Insane asylums in Bengal annual reports 1867-1875 - 1867-1875
Year: 1867
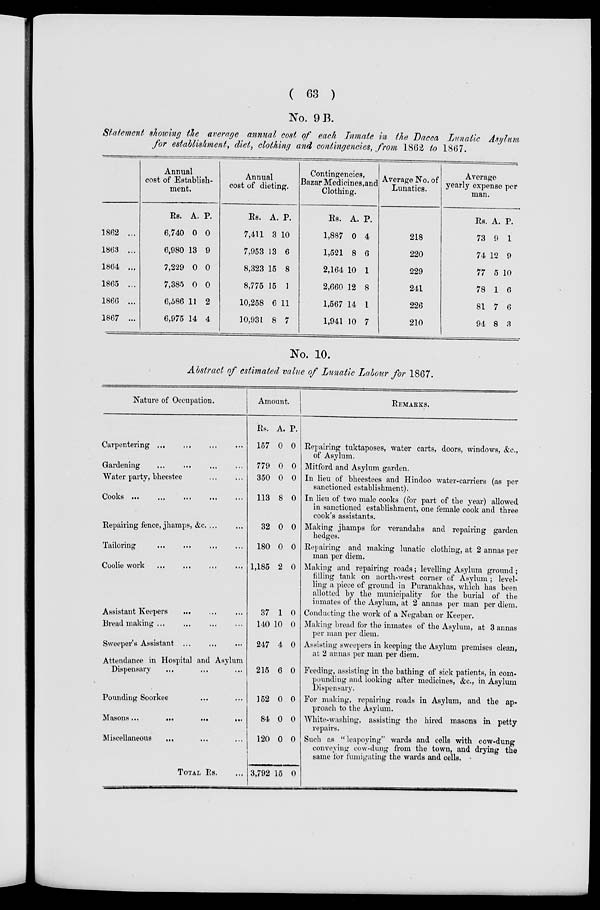
( 63 )
No. 9 B.
Statement showing the average annual cost of each Inmate in the Dacca Lunatic Asylum,
for establishment, diet, clothing and contingencies, from 1862 to 1867.
1862 ...
1863 ...
1864 ...
1865 ...
1866 ...
1867 ...
Annual
cost of Establish-
ment.
Rs.
6,740
6,980
7,229
7,385
6,586
6,975
A.
0
13
0
0
11
14
P.
0
9
0
0
2
4
Annual
cost of dieting.
Rs.
7,411
7,953
8,323
8,775
10,258
10,931
A.
3
13
15
15
6
8
P.
10
6
8
1
11
7
Contingencies,
Bazar Medicines,and
Clothing.
Rs.
1,887
1,521
2,164
2,660
1,567
1,941
A.
0
8
10
12
14
10
P.
4
6
1
8
1
7
Average No. of
Lunatics.
218
220
229
241
226
210
Average
yearly expense per
man.
Rs.
73
74
77
78
81
94
A.
9
12
5
1
7
8
P.
1
9
10
6
6
3
No. 10.
Abstract of estimated value of Lunatic Labour for 1867.
Nature of Occupation.
Carpentering
...
...
...
...
Gardening
...
...
...
...
Water party, bheestee
...
...
Cooks ...
...
...
...
Repairing fence, jhamps, &c. ... ...
Tailoring
...
...
...
...
Coolie work
...
...
... ...
Assistant Keepers
...
...
...
Bread making
...
...
...
...
Sweeper's Assistant ... ... ...
Attendance in Hospital and Asylum
Dispensary ... ... ...
Pounding Soorkee ... ...
Masons ...
...
...
...
Miscellaneous ... ... ...
TOTAL Rs. ...
Amount.
Rs.
157
779
350
113
32
180
1,185
37
140
247
215
152
84
120
3,792
A.
0
0
0
8
0
0
2
1
10
4
6
0
0
0
15
P.
0
0
0
0
0
0
0
0
0
0
0
0
0
0
0
REMARKS.
Repairing tuktaposes, water carts, doors, windows, &c.,
of Asylum.
Mitford and Asylum garden.
In lieu of bheestees and Hindoo water-carriers (as per
sanctioned establishment).
In lieu of two male cooks (for part of the year) allowed
in sanctioned establishment, one female cook and three
cook's assistants.
Making jhamps for verandahs and repairing garden
hedges.
Repairing and making lunatic clothing, at 2 annas per
man per diem.
Making and repairing roads; levelling Asylum ground;
filling tank on north-west corner of Asylum ; level-
ling a piece of ground in Puranakhas, which has been
allotted by the municipality for the burial of the
inmates of the Asylum, at 2 annas per man per diem.
Conducting the work of a Negaban or Keeper.
Making bread for the inmates of the Asylum, at 3 annas
per man per diem.
Assisting sweepers in keeping the Asylum premises clean,
at 2 annas per man per diem.
Feeding, assisting in the bathing of sick patients, in com-
pounding and looking after medicines, &c., in Asylum
Dispensary.
For making, repairing roads in Asylum, and the ap-
proach to the Asylum.
White-washing, assisting the hired masons in petty
repairs.
Such as "leapoying" wards and cells with cow-dung
conveying cow-dung from the town, and drying the
same for fumigating the wards and cells.